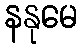
နနုမေ